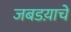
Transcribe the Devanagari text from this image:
जबडय़ाचे